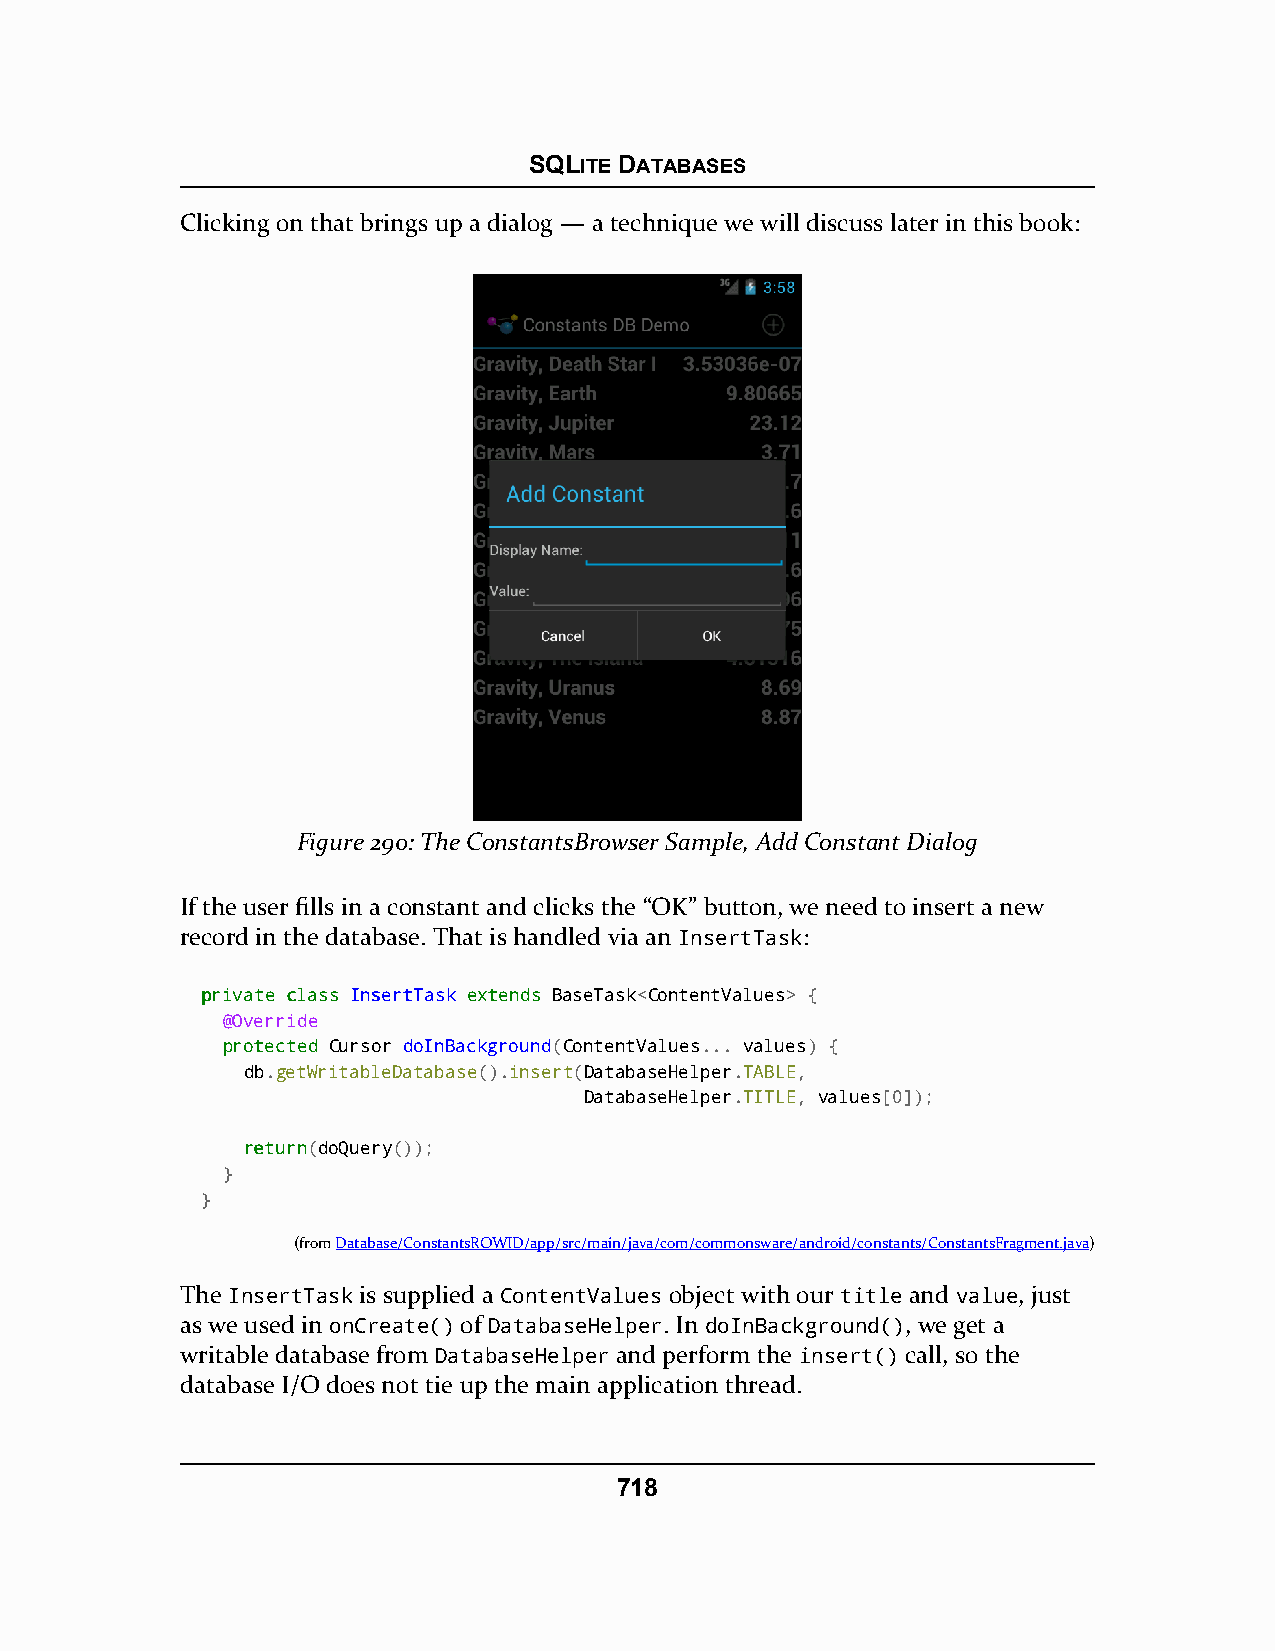
SQLITE DATABASES
 Clicking on that brings up a dialog — a technique we will discuss later in this book:
 Figure 290: The ConstantsBrowser Sample, Add Constant Dialog
 If the user fills in a constant and clicks the “OK” button, we need to insert a new
 record in the database. That is handled via an InsertTask:
 pprriivvaattee ccllaassss IInnsseerrttTTaasskk eexxtteennddss BaseTask<ContentValues> {
 @Override
 pprrootteecctteedd Cursor doInBackground(ContentValues... values) {
 db.getWritableDatabase().insert(DatabaseHelper.TABLE,
 DatabaseHelper.TITLE, values[0]);
 rreettuurrnn(doQuery());
 }
 }
 (fromDatabase/ConstantsROWID/app/src/main/java/com/commonsware/android/constants/ConstantsFragment.java)
 The InsertTask is supplied a ContentValues object with our title and value, just
 as we used in onCreate() of DatabaseHelper. In doInBackground(), we get a
 writable database from DatabaseHelper and perform the insert() call, so the
 database I/O does not tie up the main application thread.
 718